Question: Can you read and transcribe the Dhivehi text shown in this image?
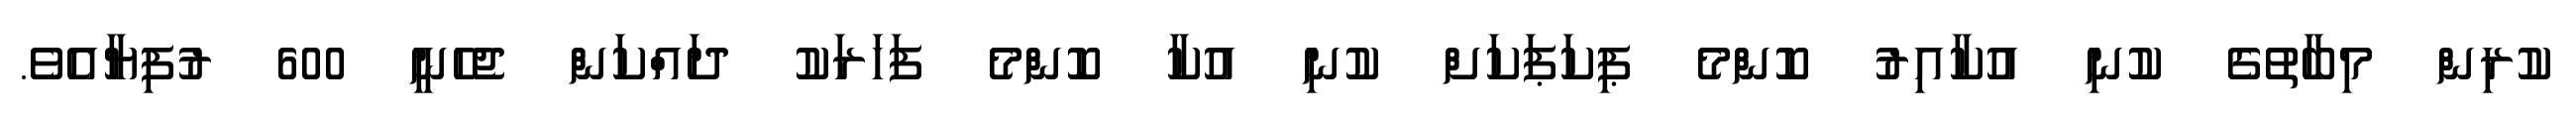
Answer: ކުރިން މިބާތުގެ ކުނި އުކާއިރު ކޮންމެ ޕިކަޕަކަށް ކުނި އުކާ ކޮންމެ ފަހަރަކު ދައްކަން ޖެހެނީ 600 ރުފިޔާއެވެ.